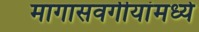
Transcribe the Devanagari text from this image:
मागासवर्गीयांमध्ये